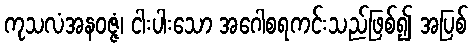
ကုသလံအနဝဇ္ဇံ၊ ငါးပါးသော အဂေါစရကင်းသည်ဖြစ်၍ အပြစ်